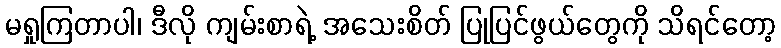
မရှုကြတာပါ၊ ဒီလို ကျမ်းစာရဲ့ အသေးစိတ် ပြုပြင်ဖွယ်တွေကို သိရင်တော့